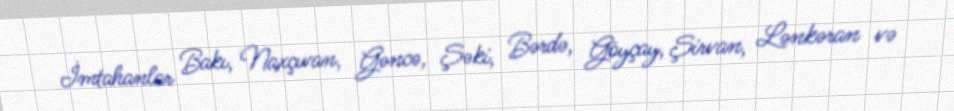
İmtahanlar Bakı, Naxçıvan, Gəncə, Şəki, Bərdə, Göyçay, Şirvan, Lənkəran və